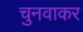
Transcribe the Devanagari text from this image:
चुनवाकर